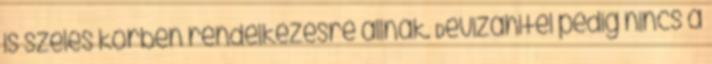
is széles körben rendelkezésre állnak. Devizahitel pedig nincs a